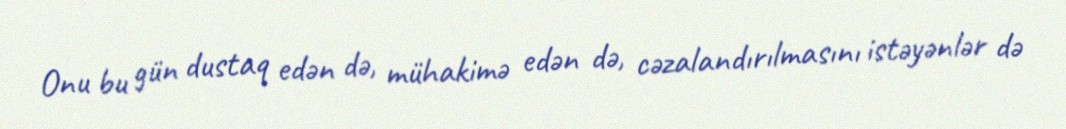
Onu bu gün dustaq edən də, mühakimə edən də, cəzalandırılmasını istəyənlər də